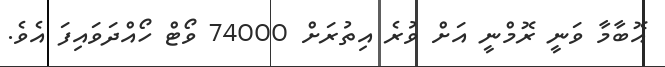
އޮބާމާ ވަނީ ރޮމްނީ އަށް ވުރެ އިތުރަށް 74000 ވޯޓް ހޯއްދަވައިފަ އެވެ.